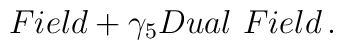
Field + \gamma_5 Dual~ Field\,.\nonumber